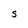
Character: S